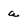
Character: a